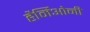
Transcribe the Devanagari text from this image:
हैर्मिओनी